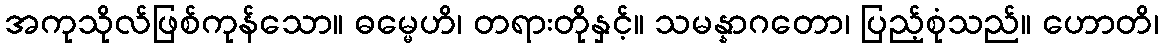
အကုသိုလ်ဖြစ်ကုန်သော။ ဓမ္မေဟိ၊ တရားတိုနှင့်။ သမန္နာဂတော၊ ပြည့်စုံသည်။ ဟောတိ၊